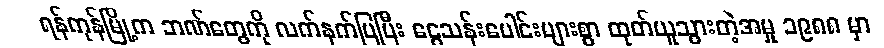
ရန်ကုန်မြို့က ဘဏ်တွေကို လက်နက်ပြပြီး ငွေသန်းပေါင်းများစွာ ထုတ်ယူသွားတဲ့အမှု ၁၉၈၈ မှာ